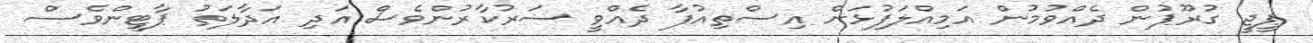
ޕީޖީ ގުރޫޕުން ދެއްވުމުން އަމިއްލަފުޅަށް އިސްތިއުފާ ދެއްވީ ސަރުކާރުންވެސް އަދި އަދާލަތު ޕާޓީންވެސް